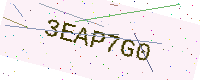
Text: 3EAP7G0